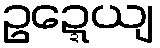
ဥဍ္ဍေယျ